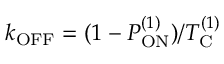
k _ { \mathrm { O F F } } = ( 1 - P _ { \mathrm { O N } } ^ { ( 1 ) } ) / T _ { \mathrm { C } } ^ { ( 1 ) }